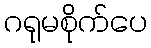
ဂရုမစိုက်ပေ